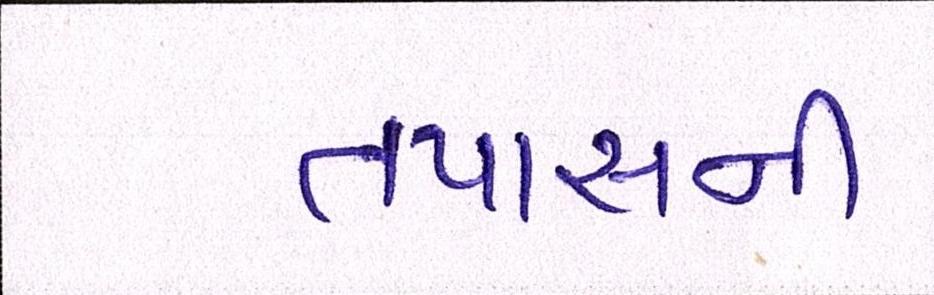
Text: તપાસની